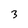
Character: 3